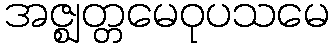
အဇ္ဈတ္တမေဝုပသမေ